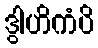
ဒွါဟိကံပိ